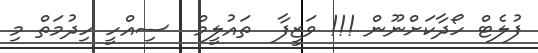
ފުލެޓް ހޯދާކަށްނޫން !!! ވަޒީފާ  ތައުލީމް  ސިއްހީ ހިދުމަތް މި